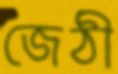
জেঠী